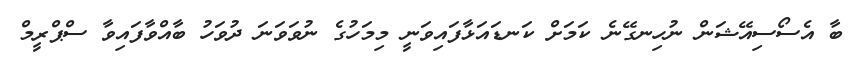
ބާ އެސޯސިއޭޝަން ނުހިނގޭނެ ކަމަށް ކަނޑައަޅާފައިވަނީ މިމަހުގެ ނުވަވަނަ ދުވަހު ބާއްވާފައިވާ ސްޕްރީމް